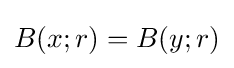
B(x;r)=B(y;r)